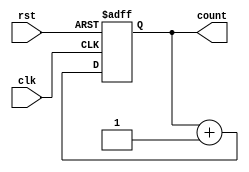
module counter(
    input wire clk,
    input wire rst,
    output reg [7:0] count
);

reg [7:0] reg_count;

always@(posedge clk or posedge rst) begin
    if (rst) begin
        reg_count <= 8'b0;
    end else begin
        reg_count <= reg_count + 1;
    end
end

assign count = reg_count;

endmodule